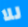
للا